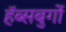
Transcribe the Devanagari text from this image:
हॅब्सबुर्गो